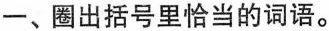
一、圈出括号里恰当的词语。